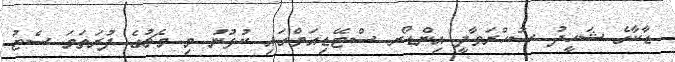
ޑާކާގެ ޝަހީދު ސުހްރަވާދީ އިންޑޯރ ސްޓޭޑިއަމްގައި ކުޅުނު މި މެޗުގެ ފުރަތަމަ ސެޓު